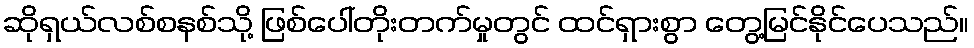
ဆိုရှယ်လစ်စနစ်သို့ ဖြစ်ပေါ်တိုးတက်မှုတွင် ထင်ရှားစွာ တွေ့မြင်နိုင်ပေသည်။